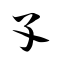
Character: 孓